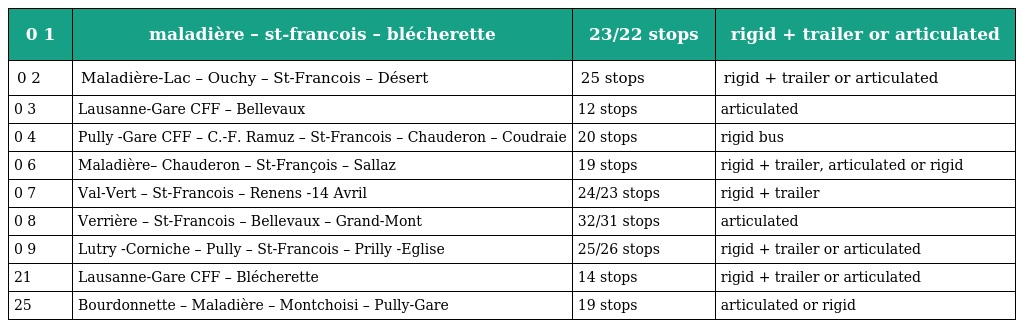
| 0 1 | maladière – st-francois – blécherette | 23/22 stops | rigid + trailer or articulated |
 | --- | --- | --- | --- |
 | 0 2 | Maladière-Lac – Ouchy – St-Francois – Désert | 25 stops | rigid + trailer or articulated |
 | 0 3 | Lausanne-Gare CFF – Bellevaux | 12 stops | articulated |
 | 0 4 | Pully -Gare CFF – C.-F. Ramuz – St-Francois – Chauderon – Coudraie | 20 stops | rigid bus |
 | 0 6 | Maladière– Chauderon – St-François – Sallaz | 19 stops | rigid + trailer, articulated or rigid |
 | 0 7 | Val-Vert – St-Francois – Renens -14 Avril | 24/23 stops | rigid + trailer |
 | 0 8 | Verrière – St-Francois – Bellevaux – Grand-Mont | 32/31 stops | articulated |
 | 0 9 | Lutry -Corniche – Pully – St-Francois – Prilly -Eglise | 25/26 stops | rigid + trailer or articulated |
 | 21 | Lausanne-Gare CFF – Blécherette | 14 stops | rigid + trailer or articulated |
 | 25 | Bourdonnette – Maladière – Montchoisi – Pully-Gare | 19 stops | articulated or rigid |